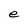
Character: e